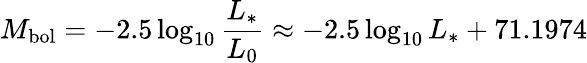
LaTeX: M_{\mathrm{bol}}=-2.5\log_{10}{\frac{L_{*}}{L_{0}}}\approx-2.5\log_{10}L_{*}+71.1974